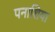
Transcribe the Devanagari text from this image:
पनाशिया